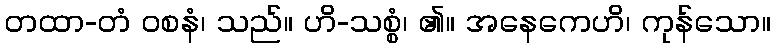
တထာ-တံ ဝစနံ၊ သည်။ ဟိ-သစ္စံ၊ ၏။ အနေကေဟိ၊ ကုန်သော။